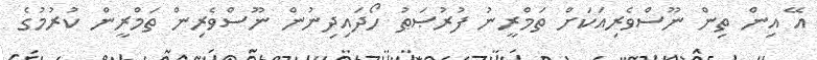
އޭ އިން ތިން ނޫސްވެރިއަކަށް ތަމްރީނު ފުރުޞަޠު ހޯދައިދިނުން ނޫސްވެރިން ތަމްރީން ކުރުމުގެ